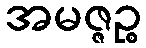
အမဇ္ဇဉ္စ